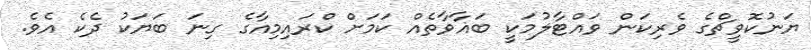
ޔަނުކޮވީޗްގެ ވެރިކަން ވައްޓާލުމަކީ ބަޣާވާތެއް ކަމަށް ކްރައިމިއާގެ ގިނަ ބަޔަކު ދެކެ އެވެ.